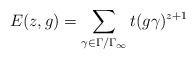
LaTeX: \begin{align*}E(z,g) = \sum_{\gamma \in \Gamma/\Gamma_\infty}t(g \gamma)^{z+1}\end{align*}